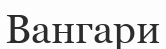
Вангари